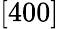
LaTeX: [400]